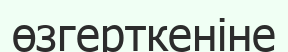
өзгерткеніне